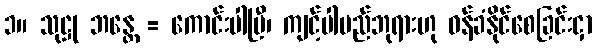
၁။ သုဋ္ဌု ဘန္တေ = ကောင်းပါပြီ၊ ကျင့်ပါမည်ဘုရားဟု ဝန်ခံနိုင်စေခြင်းငှာ